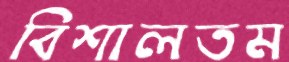
বিশালতম